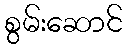
စွမ်းဆောင်